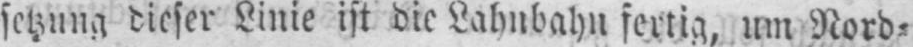
setzung dieser Linie ist die Lahnbahn fertig, um Nord⸗